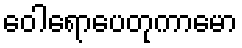
ဝေါရောပေတုကာမော